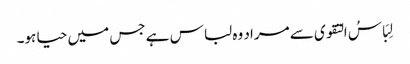
لِبَاسُ التقوی سے مراد وہ لباس ہے جس میں حیا ہو۔